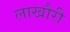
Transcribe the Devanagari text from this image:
लाखौरी